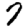
Digit: 7